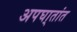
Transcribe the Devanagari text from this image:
अपघा्तांत